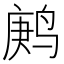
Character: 鹒